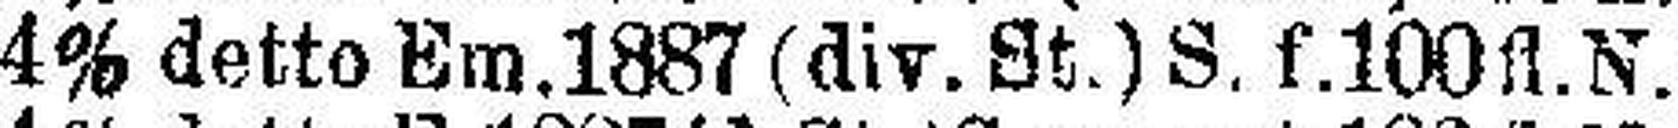
4% detto Em. 1887 (div. St.) S. f.100 fl. N.